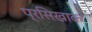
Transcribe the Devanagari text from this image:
प्रसिखाक